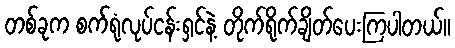
တစ်ခုက စက်ရုံလုပ်ငန်းရှင်နဲ့ တိုက်ရိုက်ချိတ်ပေးကြပါတယ်။